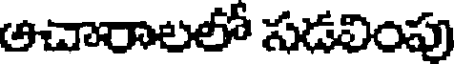
అచారాలలో సడలింపు